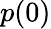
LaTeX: p(0)